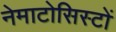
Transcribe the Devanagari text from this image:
नेमाटोसिस्टों